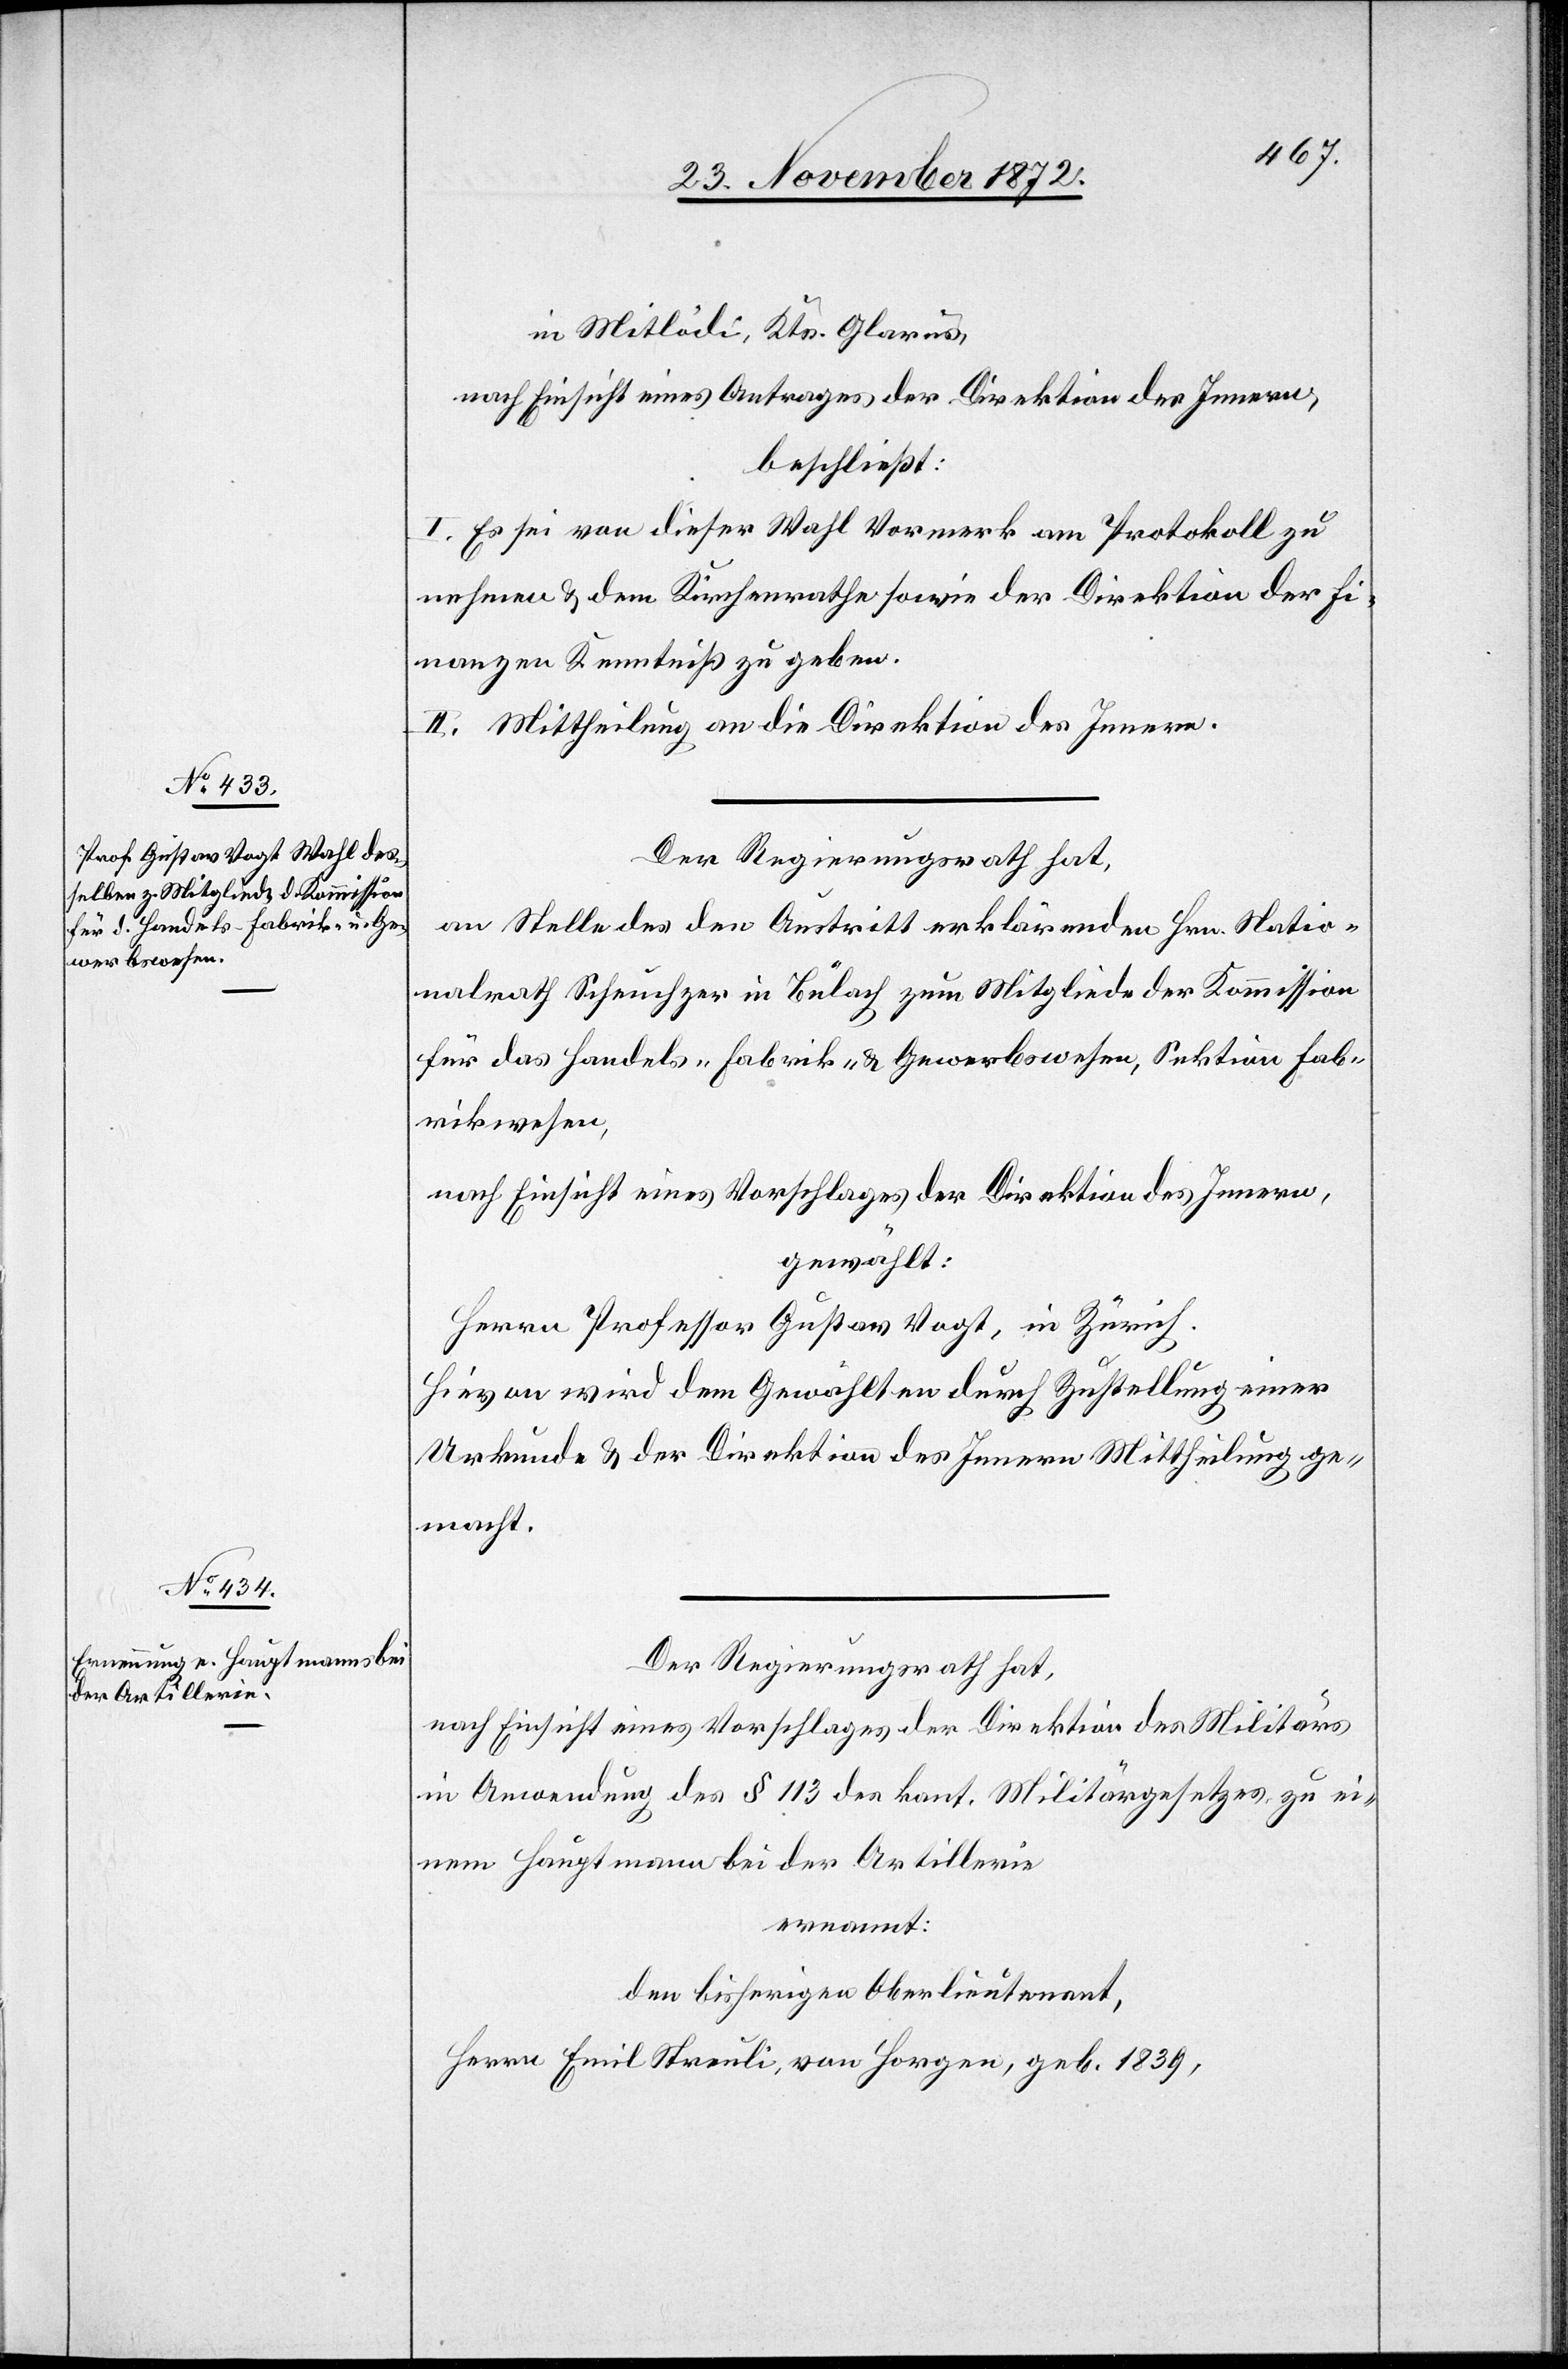
in Mitlödi, Kts. Glarus,
nach Einsicht eines Antrages der Direktion des Innern,
beschließt:
I. Es sei von dieser Wahl Vormerk am Protokoll zu
nehmen u. dem Kirchenrathe sowie der Direktion der Fi¬
nanzen Kenntniß zu geben.
II. Mittheilung an die Direktion des Innern.
Der Regierungsrath hat,
an Stelle des den Austritt erklärenden Hrn. Natio¬
nalrath Scheuchzer in Bülach zum Mitgliede der Kommission
für das Handels- Fabrik- u. Gewerbswesen, Sektion Fab¬
rikwesen,
nach Einsicht eines Vorschlages der Direktion des Innern,
gewählt:
Herrn Professor Gustav Vogt, in Zürich.
Hievon wird dem Gewählten durch Zustellung einer
Urkunde u. der Direktion des Innern Mittheilung ge¬
macht.
Der Regierungsrath hat,
nach Einsicht eines Vorschlages der Direktion des Militärs
in Anwendung des § 113 des kant. Militärgesetzes zu ei¬
nem Hauptmann bei der Artillerie
ernannt:
den bisherigen Oberlieutenant,
Herrn Emil Streuli, von Horgen, geb. 1839,